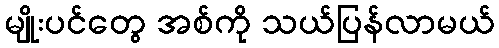
မျိုးပင်တွေ အစ်ကို သယ်ပြန်လာမယ်